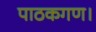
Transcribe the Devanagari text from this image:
पाठकगण।